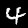
Label: 4